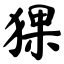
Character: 猓